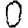
Digit: 0